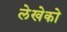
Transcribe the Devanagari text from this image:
लेखेको